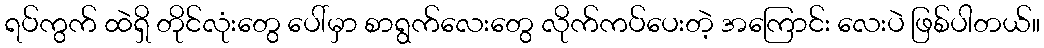
ရပ်ကွက် ထဲရှိ တိုင်လုံးတွေ ပေါ်မှာ စာရွက်လေးတွေ လိုက်ကပ်ပေးတဲ့ အကြောင်း လေးပဲ ဖြစ်ပါတယ်။